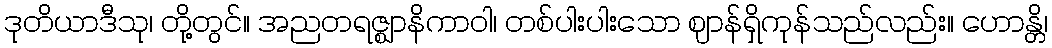
ဒုတိယာဒီသု၊ တို့တွင်။ အညတရဇ္ဈာနိကာဝါ၊ တစ်ပါးပါးသော ဈာန်ရှိကုန်သည်လည်း။ ဟောန္တိ၊